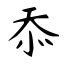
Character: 忝